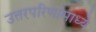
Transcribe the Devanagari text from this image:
उत्तरपरिणांमाध्ये